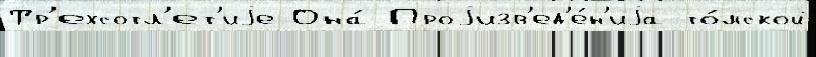
Тр'ехсотл'ет'иjе Она́ Проjизв'ед'е́н'иjа то́мской